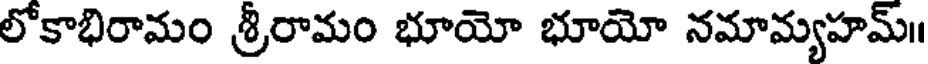
లోకాభిరామం శ్రీరామం భూయో భూయో నమామ్యహమ్॥